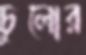
চুলোর